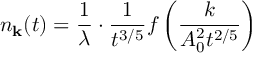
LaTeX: n _ { \bf k } ( t ) = { \frac { 1 } { \lambda } } \cdot { \frac { 1 } { t ^ { 3 / 5 } } } f \left( { \frac { k } { A _ { 0 } ^ { 2 } t ^ { 2 / 5 } } } \right)